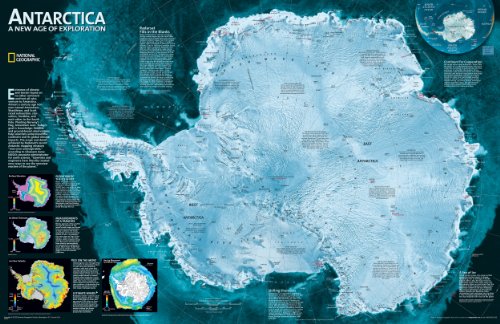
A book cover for Antarctica Satellite [Laminated] (National Geographic Reference Map); National Geographic Maps - Reference; Travel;